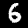
Label: 6